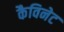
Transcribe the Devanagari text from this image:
कैविनेट